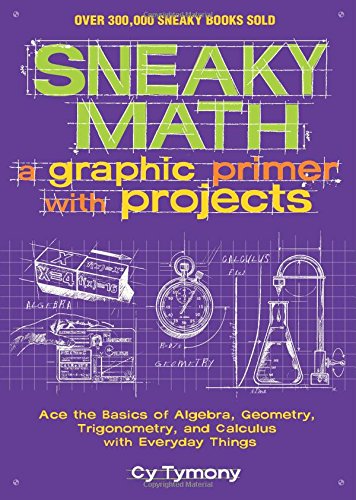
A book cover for Sneaky Math: A Graphic Primer with Projects: Ace the Basics of Algebra, Geometry, Trigonometry, and Calculus with Everyday Things; Cy Tymony; Science & Math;